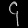
Digit: ၄